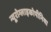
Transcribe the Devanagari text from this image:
न्यूरोग्लाइकोपीनिया